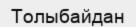
Толыбайдан